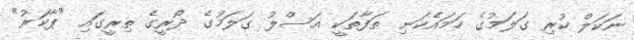
ނަކަލް ކުރި ގަލަމުގެ ހަމައެކަނި ތަފާތަކީ އަސްލު ގަލަމުގެ ދޯރީގެ ތިރީގައި "ޕާކަރު"